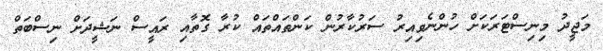
މަޖީދު މިނިސްޓަރަކަށް ހުންނެވިއިރު ސަރުކާރުން ކަންތައްތައް ކުރާ ގޮތާއި ރައީސް ނަޝީދަށް ނިސްބަތް